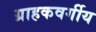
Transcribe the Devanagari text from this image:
ग्राहकवर्गीय